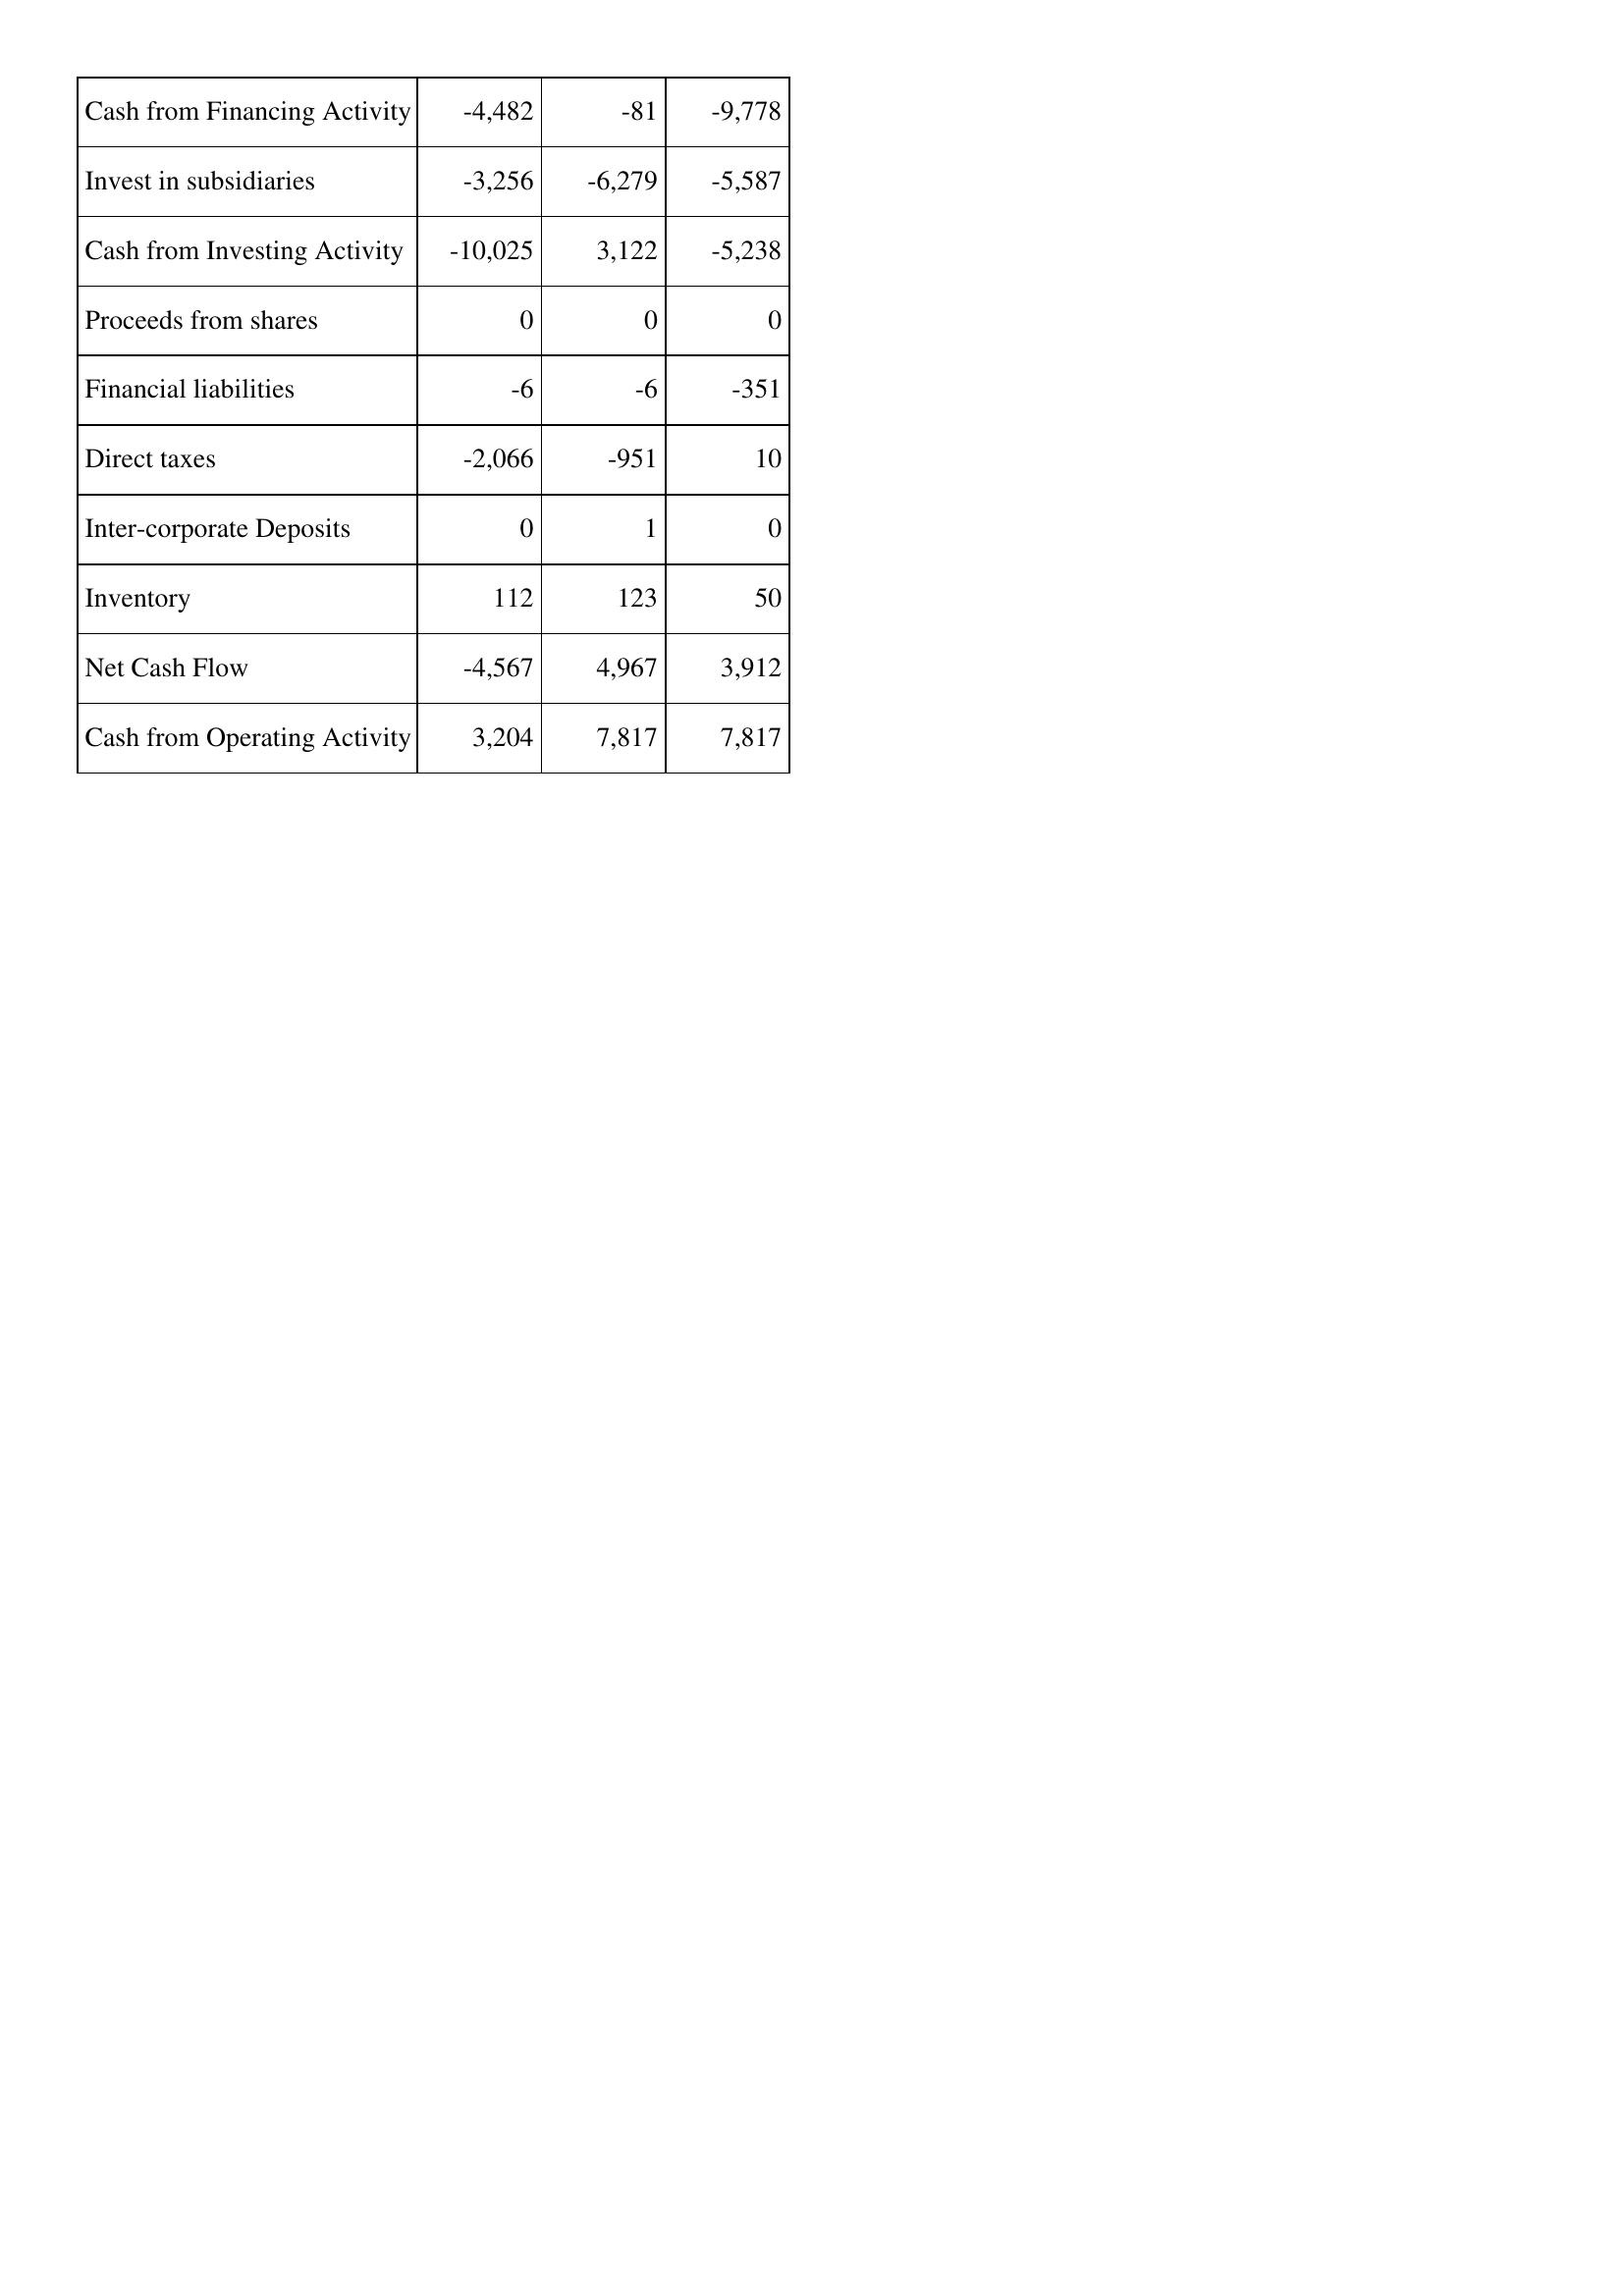
Aug-10: Cash Flows: Cash from Financing Activity: -4,482
Invest in subsidiaries: -3,256
Cash from Investing Activity: -10,025
Proceeds from shares: 0
Financial liabilities: -6
Direct taxes: -2,066
Inter-corporate Deposits: 0
Inventory: 112
Net Cash Flow: -4,567
Cash from Operating Activity: 3,204
Aug-11: Cash Flows: Cash from Financing Activity: -81
Invest in subsidiaries: -6,279
Cash from Investing Activity: 3,122
Proceeds from shares: 0
Financial liabilities: -6
Direct taxes: -951
Inter-corporate Deposits: 1
Inventory: 123
Net Cash Flow: 4,967
Cash from Operating Activity: 7,817
Aug-12: Cash Flows: Cash from Financing Activity: -9,778
Invest in subsidiaries: -5,587
Cash from Investing Activity: -5,238
Proceeds from shares: 0
Financial liabilities: -351
Direct taxes: 10
Inter-corporate Deposits: 0
Inventory: 50
Net Cash Flow: 3,912
Cash from Operating Activity: 7,817